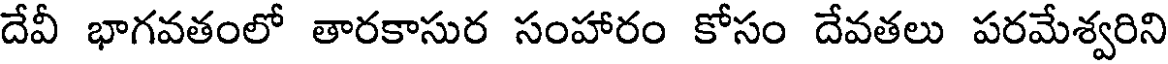
దేవీ భాగవతంలో తారకాసుర సంహారం కోసం దేవతలు పరమేశ్వరిని